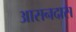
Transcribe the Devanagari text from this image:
आसनदास